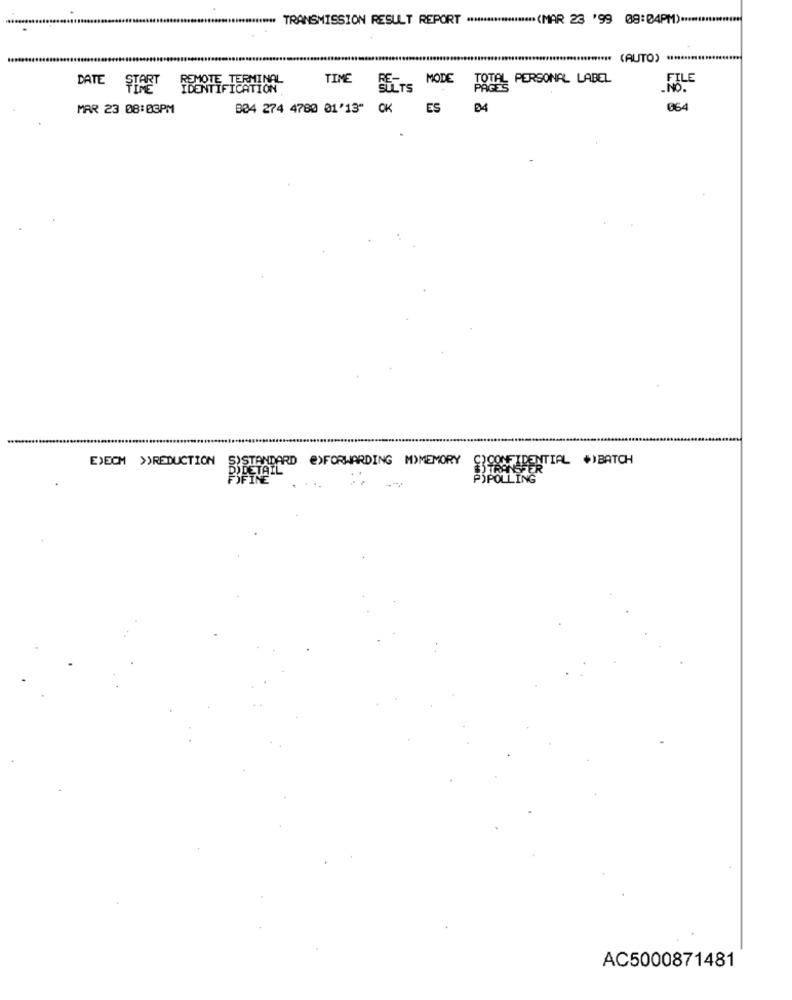
******* TRANSMISSION RESULT REPORT ******************** (MAR 23 '99 08:04PM).
............................................................................ (AUTO)
DATE
TIME
MODE
TOTAL PERSONAL LABEL
TITLE
START
MAR 23 08:03PM
B34 274 4780 01'13"
OK
ES
B4
EXECM >>REDUCTION
S)STANDARD @)FORWARDING M)MEMORY
C)CONFIDENTIAL *)BATCH
PODETAIL
TRANSFER
INE
PIPOLLING
AC5000871481